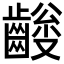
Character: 𪙅